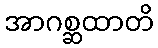
အာဂစ္ဆထာတိ